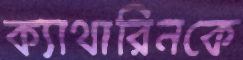
ক্যাথারিনকে